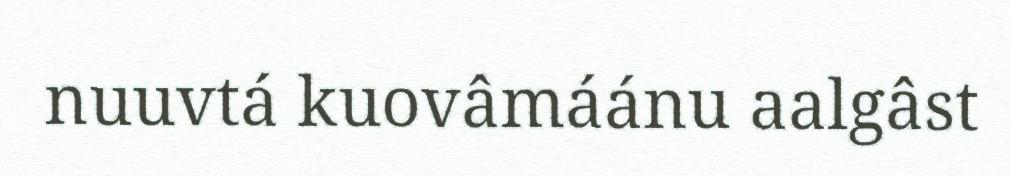
nuuvtá kuovâmáánu aalgâst